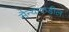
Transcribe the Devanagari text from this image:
सैन्याकडील